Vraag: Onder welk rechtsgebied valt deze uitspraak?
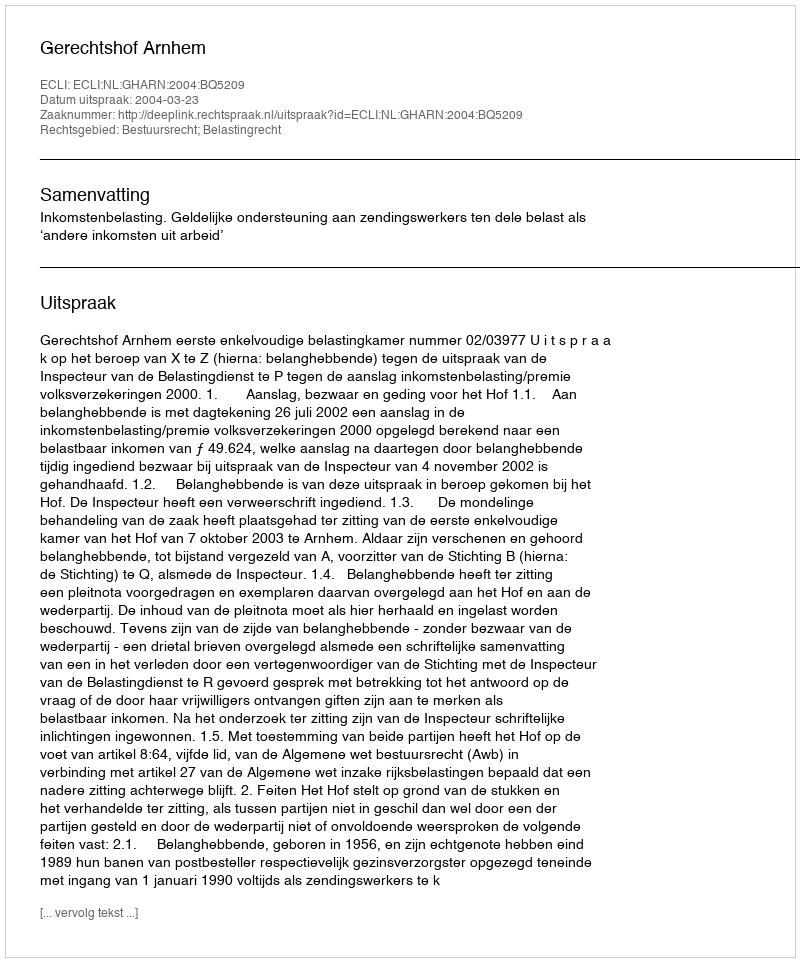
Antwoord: Bestuursrecht; Belastingrecht